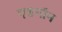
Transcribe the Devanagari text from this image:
एडगॉन